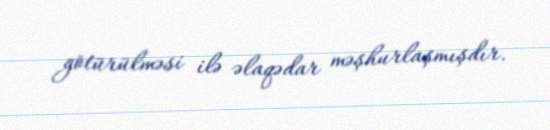
götürülməsi ilə əlaqədar məşhurlaşmışdır.